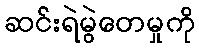
ဆင်းရဲမွဲတေမှုကို